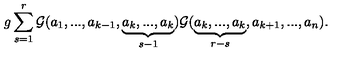
g \sum _ { s = 1 } ^ { r } { { \cal G } } ( a _ { 1 } , . . . , a _ { k - 1 } , \underbrace { a _ { k } , . . . , a _ { k } } _ { s - 1 } ) { { \cal G } } ( \underbrace { a _ { k } , . . . , a _ { k } } _ { r - s } , a _ { k + 1 } , . . . , a _ { n } ) .